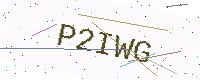
Text: P2IWG